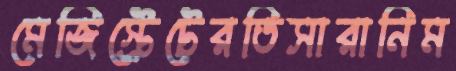
মেজিস্ট্রেটেরতিসারানিম